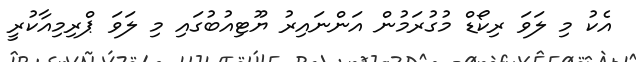
އެކު މި ލަވަ ރިކޯޑް މުގުރަމުން އަންނައިރު ޔޫޓިއުބުގައި މި ލަވަ ޕްރިމިއާކުރީ